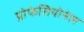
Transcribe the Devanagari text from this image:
प्रोफेसियोनेल